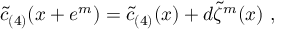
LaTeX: \tilde { c } _ { ( 4 ) } ( x + e ^ { m } ) = \tilde { c } _ { ( 4 ) } ( x ) + d \tilde { \zeta } ^ { m } ( x ) \ ,